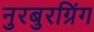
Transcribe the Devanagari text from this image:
नुरबुरग्रिंग